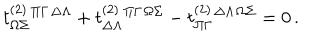
LaTeX: t _ { \Omega \Sigma } ^ { ( 2 ) } { } ^ { \Pi \Gamma } { } ^ { \Delta \Lambda } + t _ { \Delta \Lambda } ^ { ( 2 ) } { } ^ { \Pi \Gamma } { } ^ { \Omega \Sigma } - t _ { \Pi \Gamma } ^ { ( 2 ) } { } ^ { \Delta \Lambda } { } ^ { \Omega \Sigma } = 0 \, .